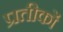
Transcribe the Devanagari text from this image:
प्रतीकोंं